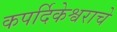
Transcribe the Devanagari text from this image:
कपर्दिकेश्वराचे